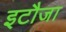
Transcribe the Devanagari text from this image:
इटौजा